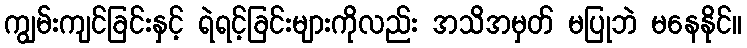
ကျွမ်းကျင်ခြင်းနှင့် ရဲရင့်ခြင်းများကိုလည်း အသိအမှတ် မပြုဘဲ မနေနိုင်။